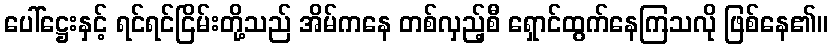
ပေါ်ဋ္ဌေးနှင့် ရင်ရင်ငြိမ်းတို့သည် အိမ်ကနေ တစ်လှည့်စီ ရှောင်ထွက်နေကြသလို ဖြစ်နေ၏။